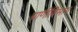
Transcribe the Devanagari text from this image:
प्राणीविभाग